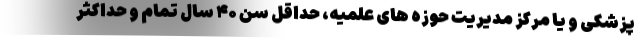
پزشکی و یا مرکز مدیریت حوزه های علمیه، حداقل سن ۴۰ سال تمام و حداکثر